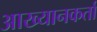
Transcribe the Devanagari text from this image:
आख्यानकर्ता